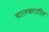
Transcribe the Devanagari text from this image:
चालकातील